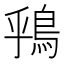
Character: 𫚶